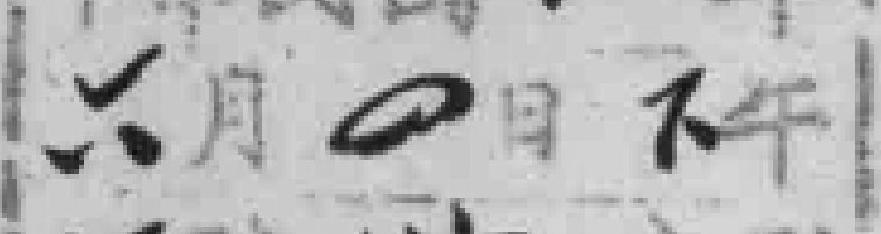
六月*日下午